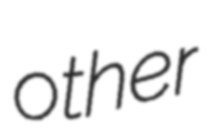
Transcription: other